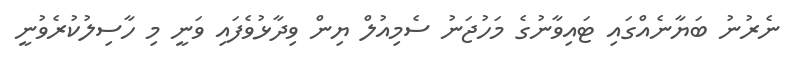
ނެރުނު ބަޔާނެއްގައި ޓައިވާނުގެ މަހުޖަނު ސެމިއުލް ޔިން ވިދާޅުވެފައި ވަނީ މި ހާސިލުކުރެވުނީ